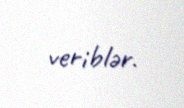
veriblər.